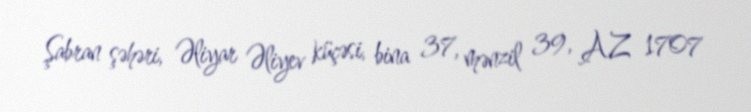
Şabran şəhəri, Əliyar Əliyev küçəsi, bina 37, mənzil 39, AZ 1707